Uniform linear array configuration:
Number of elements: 64
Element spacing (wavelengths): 0.75
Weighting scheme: uniform
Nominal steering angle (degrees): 0
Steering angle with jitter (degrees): -0.3329
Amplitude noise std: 0.05
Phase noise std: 0.05

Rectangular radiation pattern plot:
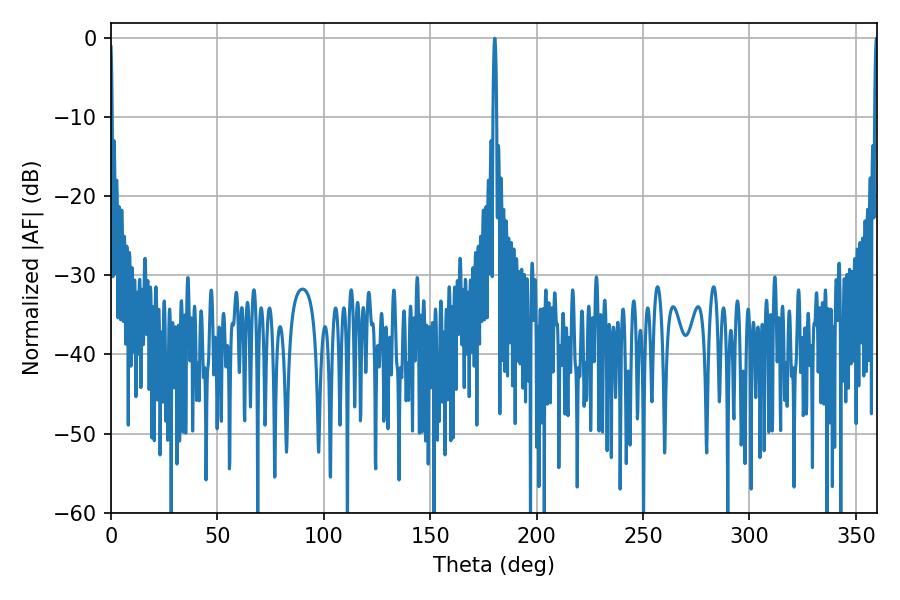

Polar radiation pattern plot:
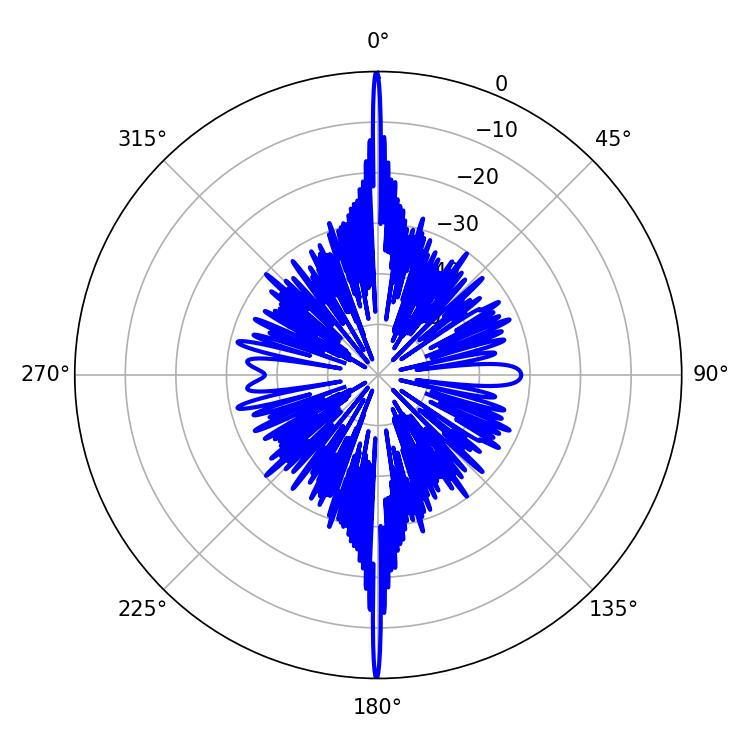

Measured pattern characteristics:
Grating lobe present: TRUE
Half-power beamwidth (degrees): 0.72
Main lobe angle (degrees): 359.64